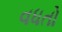
વધતો